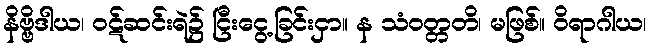
နိဗ္ဗိဒါယ၊ ဝဋ်ဆင်းရဲ၌ ငြီးငွေ့ခြင်းငှာ။ န သံဝတ္တတိ၊ မဖြစ်။ ဝိရာဂါယ၊